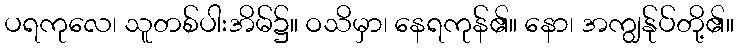
ပရကုလေ၊ သူတစ်ပါးအိမ်၌။ ဝသိမှာ၊ နေရကုန်၏။ နော၊ အကျွန်ုပ်တို့၏။